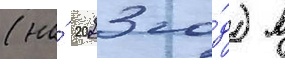
(на́ 2023 го́д) в